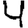
Digit: 4